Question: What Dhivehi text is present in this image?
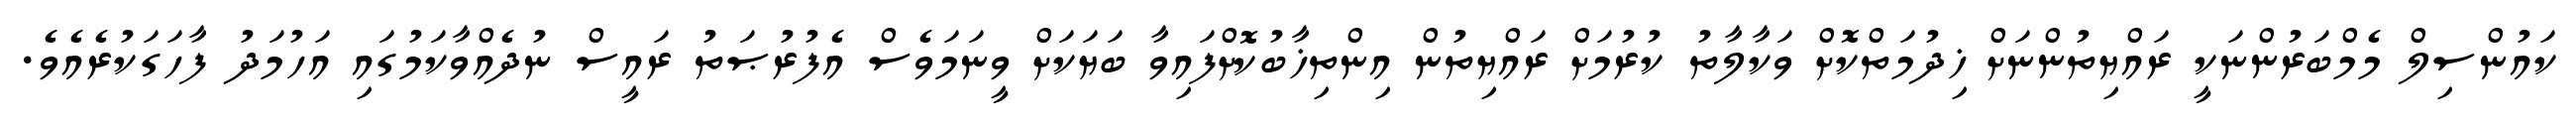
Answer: ކައުންސިލް މެމްބަރުންނަކީ ރައްޔިތުންނަށް ޚިދުމަތްކޮށް ވަކާލާތު ކުރުމަށް ރައްޔިތުން އިންތިޚާބުކޮށްފައިވާ ބަޔަކަށް ވީނަމަވެސް އެފުރުޞަތު ރައީސް ނުދެއްވާކަމުގައި އަހުމަދު ފާހަގަކުރެއެވެ.